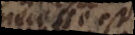
necesse est